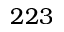
2 2 3